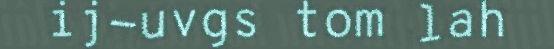
ij-uvgs tom lah